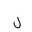
Letter: _lam